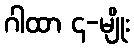
ဂါထာ ၄-မျိုး